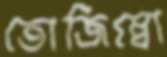
তোজিম্বো